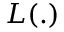
L ( . )